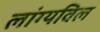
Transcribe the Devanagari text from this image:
लांग्यविल